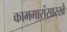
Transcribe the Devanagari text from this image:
कामगारांसारखे